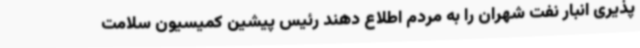
پذیری انبار نفت شهران را به مردم اطلاع دهند رئیس پیشین کمیسیون سلامت